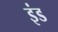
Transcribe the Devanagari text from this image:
इंड